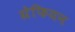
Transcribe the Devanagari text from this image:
ग्रेफियन